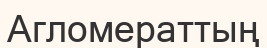
Агломераттың